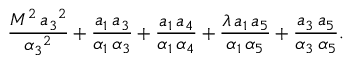
\frac { M ^ { 2 } \, { { a _ { 3 } } } ^ { 2 } } { { { { \alpha } _ { 3 } } } ^ { 2 } } + \frac { { a _ { 1 } } \, { a _ { 3 } } } { { { \alpha } _ { 1 } } \, { { \alpha } _ { 3 } } } + \frac { { a _ { 1 } } \, { a _ { 4 } } } { { { \alpha } _ { 1 } } \, { { \alpha } _ { 4 } } } + \frac { \lambda \, { a _ { 1 } } \, { a _ { 5 } } } { { { \alpha } _ { 1 } } \, { { \alpha } _ { 5 } } } + \frac { { a _ { 3 } } \, { a _ { 5 } } } { { { \alpha } _ { 3 } } \, { { \alpha } _ { 5 } } } .